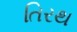
તિરથ